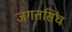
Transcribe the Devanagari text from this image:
जगतसिंघ